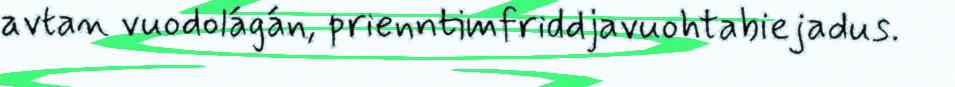
avtan vuodolágán, prienntimfriddjavuohtabiejadus.